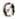
0